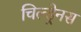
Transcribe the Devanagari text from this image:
चिल्ड्रेनस